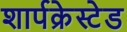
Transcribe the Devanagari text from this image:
शार्पक्रेस्टेड